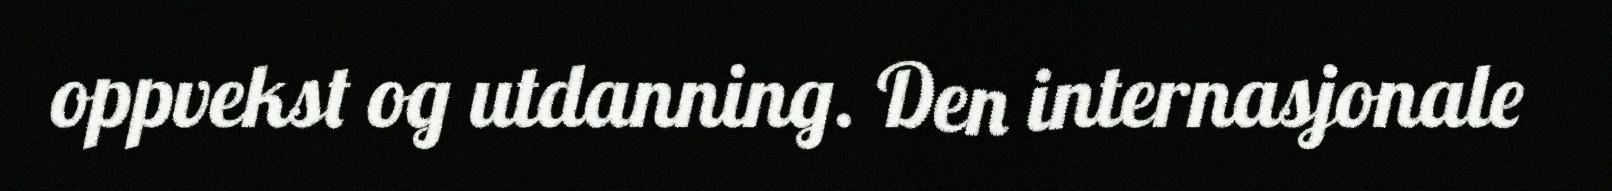
oppvekst og utdanning. Den internasjonale